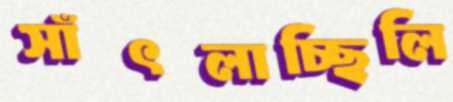
সাঁৎলাচ্ছিলি